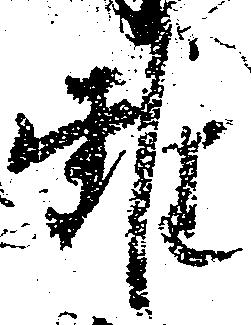
雖